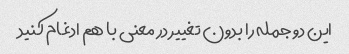
این دو جمله را بدون تغییر در معنی با هم ادغام کنید